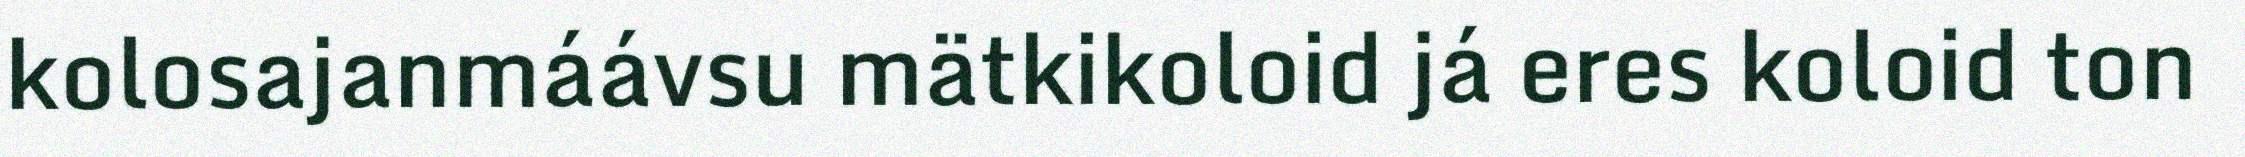
kolosajanmáávsu mätkikoloid já eres koloid ton